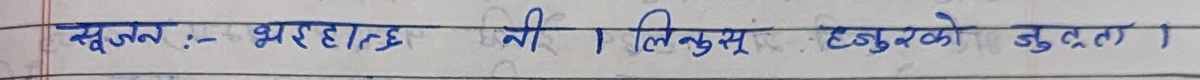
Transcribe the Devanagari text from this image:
स्रुजन :- भरहाल्छ नी । लिनुस् हजुरको जुत्ता ।